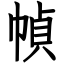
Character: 幀